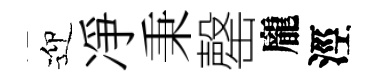
迎凈秉罄龐涇